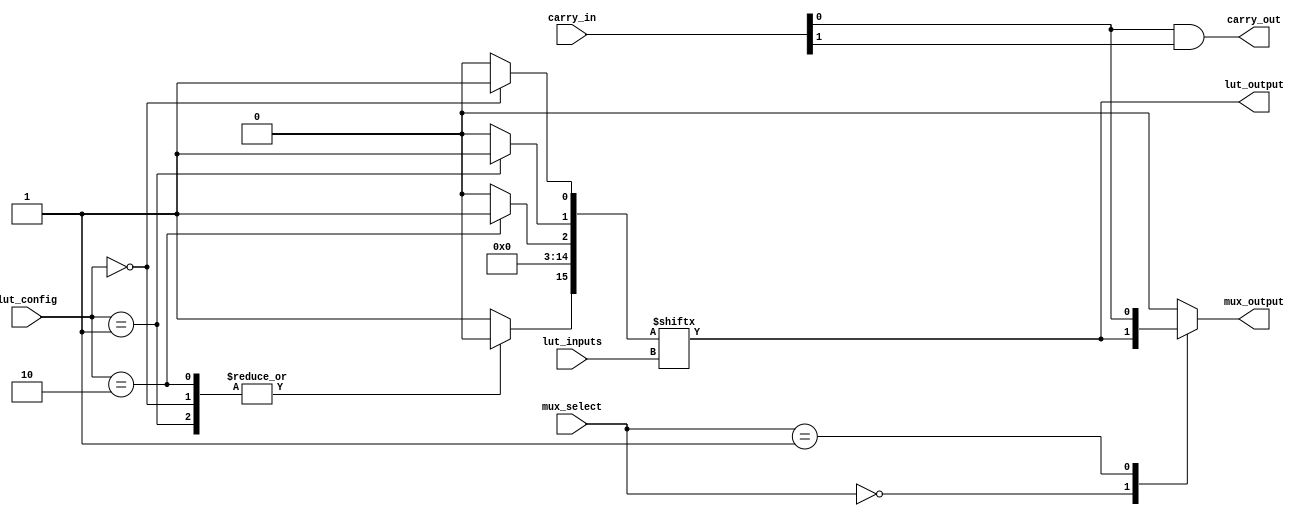
module CLB (
    input wire [3:0] lut_inputs,       // Inputs to the LUT (4 inputs)
    input wire [3:0] mux_select,       // Select lines for MUX
    input wire [3:0] lut_config,        // Configuration bits for LUT
    input wire [3:0] carry_in,          // Carry input for arithmetic operations
    output wire lut_output,             // Output from the LUT
    output wire mux_output,             // Output from the MUX
    output wire carry_out               // Carry output
);

// LUT Implementation
reg [15:0] lut; // 4-input LUT can represent 16 combinations

always @(*) begin
    // Configure LUT based on lut_config
    lut = 16'b0; // Initialize LUT to zero
    case (lut_config)
        4'b0000: lut[0] = 1; // Example configuration
        4'b0001: lut[1] = 1;
        4'b0010: lut[2] = 1;
        // Add more configurations as needed
        default: lut[15] = 1; // Default case
    endcase
end

assign lut_output = lut[lut_inputs]; // Output from the LUT

// MUX Implementation
reg mux_out;

always @(*) begin
    case (mux_select)
        4'b0000: mux_out = lut_output; // Select LUT output
        4'b0001: mux_out = carry_in[0]; // Example: Select carry input
        // Add more MUX selections as needed
        default: mux_out = 1'b0; // Default case
    endcase
end

assign mux_output = mux_out;

// Carry Logic Implementation (Simple Example)
assign carry_out = carry_in[0] & carry_in[1]; // Example carry logic

endmodule